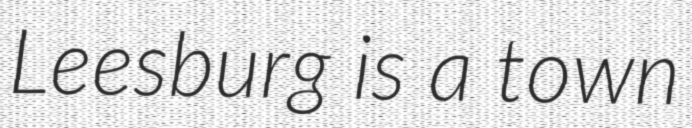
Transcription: Leesburg is a town